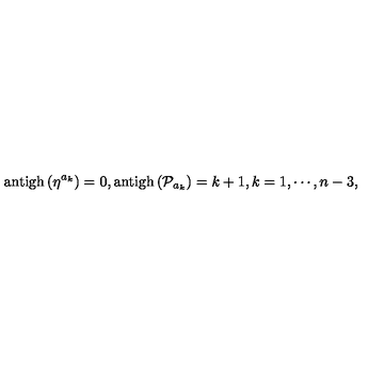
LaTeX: \mathrm { a n t i g h } \left( \eta ^ { a _ { k } } \right) = 0 , \mathrm { a n t i g h } \left( \mathcal { P } _ { a _ { k } } \right) = k + 1 , k = 1 , \cdots , n - 3 ,